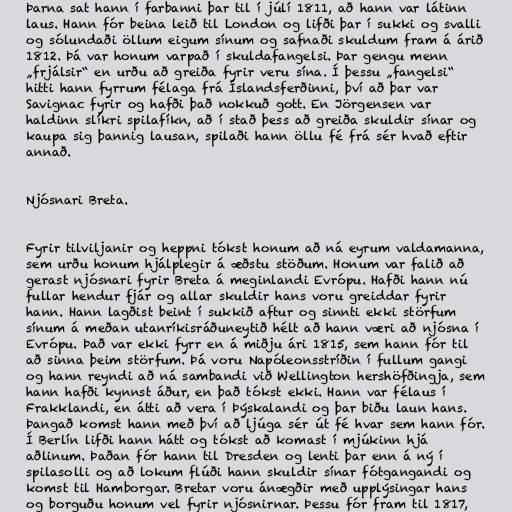
Þarna sat hann í farbanni þar til í júlí 1811, að hann var látinn
laus. Hann fór beina leið til London og lifði þar í sukki og svalli
og sólundaði öllum eigum sínum og safnaði skuldum fram á árið
1812. Þá var honum varpað í skuldafangelsi. Þar gengu menn
„frjálsir“ en urðu að greiða fyrir veru sína. Í þessu „fangelsi“
hitti hann fyrrum félaga frá Íslandsferðinni, því að þar var
Savignac fyrir og hafði það nokkuð gott. En Jörgensen var
haldinn slíkri spilafíkn, að í stað þess að greiða skuldir sínar og
kaupa sig þannig lausan, spilaði hann öllu fé frá sér hvað eftir
annað.

Njósnari Breta.

Fyrir tilviljanir og heppni tókst honum að ná eyrum valdamanna,
sem urðu honum hjálplegir á æðstu stöðum. Honum var falið að
gerast njósnari fyrir Breta á meginlandi Evrópu. Hafði hann nú
fullar hendur fjár og allar skuldir hans voru greiddar fyrir
hann. Hann lagðist beint í sukkið aftur og sinnti ekki störfum
sínum á meðan utanríkisráðuneytið hélt að hann væri að njósna í
Evrópu. Það var ekki fyrr en á miðju ári 1815, sem hann fór til
að sinna þeim störfum. Þá voru Napóleonsstríðin í fullum gangi
og hann reyndi að ná sambandi við Wellington hershöfðingja, sem
hann hafði kynnst áður, en það tókst ekki. Hann var félaus í
Frakklandi, en átti að vera í Þýskalandi og þar biðu laun hans.
Þangað komst hann með því að ljúga sér út fé hvar sem hann fór.
Í Berlín lifði hann hátt og tókst að komast í mjúkinn hjá
aðlinum. Þaðan fór hann til Dresden og lenti þar enn á ný í
spilasolli og að lokum flúði hann skuldir sínar fótgangandi og
komst til Hamborgar. Bretar voru ánægðir með upplýsingar hans
og borguðu honum vel fyrir njósnirnar. Þessu fór fram til 1817,